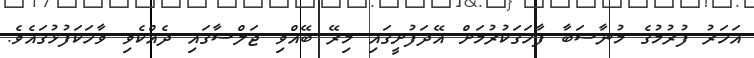
އަހަރު ފުރުމުގެ މުނާސަބާ ފާހަގަކުރުމަށް އޭދަފުށީގައި މިރޭ ބޭއްވި ޖަލްސާގައި ދެއްކެވި ވާހަކަފުޅުގައެވެ.